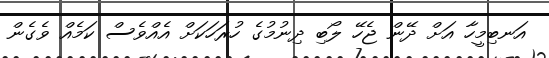
އަނބިމީހާ އަށް ދޭން ޖެހޭ ލޯބި ދިނުމުގެ ހުރަހަކަށް އެއްވެސް ކަމެއް ވެގެން